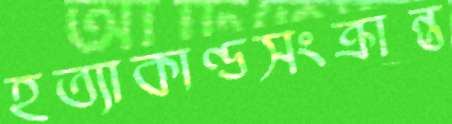
হত্যাকাণ্ডসংক্রান্ত